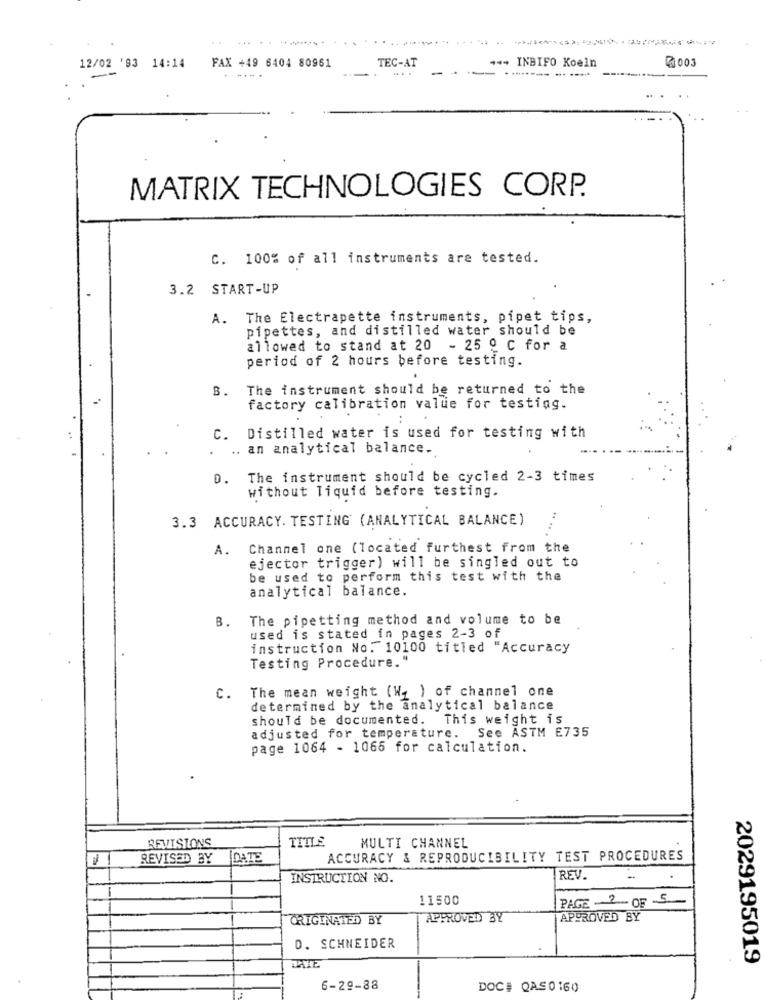
*** INBIFO Koeln
12/02 '93 14:14 FAX +49 6404 80961
TEC-AT
----.
------- ----
MATRIX TECHNOLOGIES CORP.
C. 100% of all instruments are tested.
3.2 START-UP
A. The Electrapette instruments, pipet tips,
pipettes, and distilled water should be
allowed to stand at 20 - 25 º C for a
period of 2 hours before testing.
8.
The instrument should be returned to the
factory calibration value for testing.
:
C. Distilled water is used for testing with
.
.. an analytical balance.
D. The instrument should be cycled 2-3 times
without liquid before testing.
3.3 ACCURACY. TESTING (ANALYTICAL BALANCE)
A.
Channel one (located furthest from the
ejector trigger) will be singled out to
be used to perform this test with the
analytical balance.
B.
The pipetting method and volume to be
used is stated in pages 2-3 of
instruction No. 10100 titled "Accuracy
Testing Procedure."
The mean weight (W2 ) of channel one
C.
determined by the analytical balance
should be documented. This weight is
adjusted for temperature. See ASTM E735
page 1064 - 1066 for calculation.
REVISIONS
TITLE
MULTI CHANNEL
REVISED BY
DATE
ACCURACY & REPRODUCIBILITY TEST PROCEDURES
INSTRUCTION NO.
REV.
.
11500
PAGE -2 -- OF S-
CRIGINATED BY
APPROVED BY
APPROVED BY
D. SCHNEIDER
2029195019
6-29-88
DOC# QAS0 160